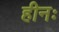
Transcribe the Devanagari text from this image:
हीनः